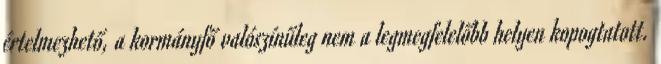
értelmezhető, a kormányfő valószínűleg nem a legmegfelelőbb helyen kopogtatott.